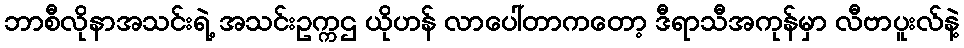
ဘာစီလိုနာအသင်းရဲ့ အသင်းဥက္ကဌ ယိုဟန် လာပေါ်တာကတော့ ဒီရာသီအကုန်မှာ လီဗာပူးလ်နဲ့